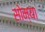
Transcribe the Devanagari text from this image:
सोम्या